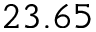
2 3 . 6 5